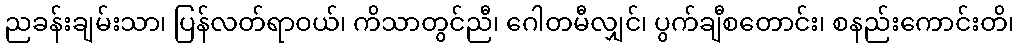
ညခန်းချမ်းသာ၊ ပြန်လတ်ရာဝယ်၊ ကိသာတွင်ညီ၊ ဂေါတမီလျှင်၊ ပွက်ချီစတောင်း၊ စနည်းကောင်းတိ၊